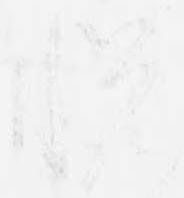
悦